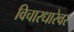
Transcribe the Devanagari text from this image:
विचारधारेवर